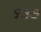
૬૩૭